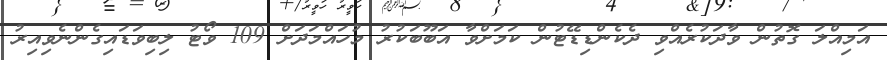
އަމިއްލަ ގޮތުން ވާދަކުރެއްވި ދެކެންޑިޑޭޓުން ކަމަށްވާ އަބޫބަކުރު މުހައްމަދަށް 109 ވޯޓު ލިބިވަޑައިގެންނެވިއިރު